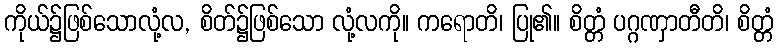
ကိုယ်၌ဖြစ်သောလုံ့လ, စိတ်၌ဖြစ်သော လုံ့လကို။ ကရောတိ၊ ပြု၏။ စိတ္တံ ပဂ္ဂဏှာတီတိ၊ စိတ္တံ